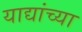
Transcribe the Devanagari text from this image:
याद्यांच्या